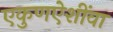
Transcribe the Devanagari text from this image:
एकुणऐशींवा